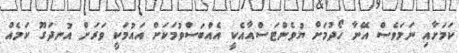
ކަމަށާއި ނަމަވެސް އޭނާ ހޯދުމަށް ޔުވެންޓަސްއާއެކީ އެއްބަސްވުމަކަށް އައުމަކީ ވަރަށް އުނދަގޫ ކަމެއް